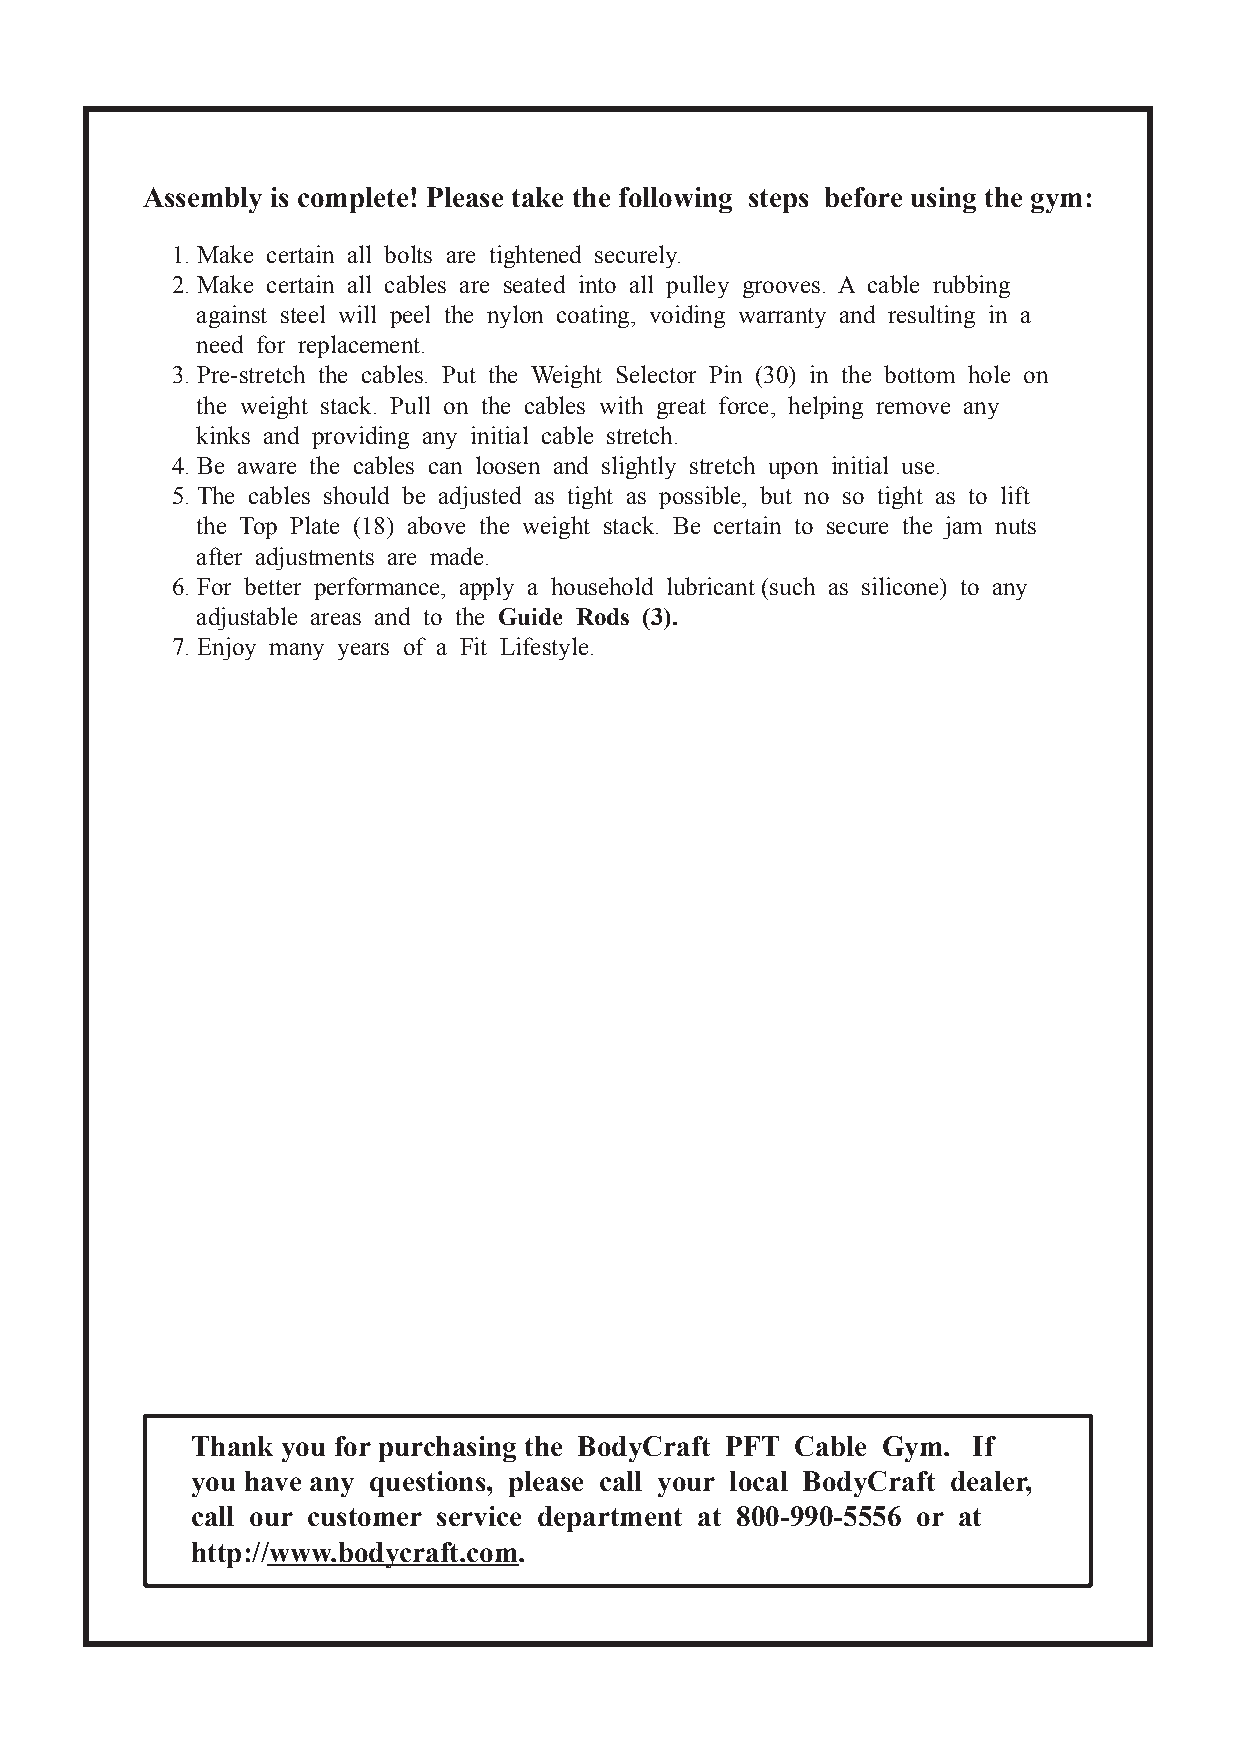
Assembly is complete! Please take the following steps before using the gym:
 1. Make certain all bolts are tightened securely.
 2. Make certain all cables are seated into all pulley grooves. A cable rubbing
 against steel will peel the nylon coating, voiding warranty and resulting in a
 need for replacement.
 3. Pre-stretch the cables. Put the Weight Selector Pin (30) in the bottom hole on
 the weight stack. Pull on the cables with great force, helping remove any
 kinks and providing any initial cable stretch.
 4. Be aware the cables can loosen and slightly stretch upon initial use.
 5. The cables should be adjusted as tight as possible, but no so tight as to lift
 the Top Plate (18) above the weight stack. Be certain to secure the jam nuts
 after adjustments are made.
 6. For better performance, apply a household lubricant (such as silicone) to any
 adjustable areas and to the Guide Rods (3).
 7. Enjoy many years of a Fit Lifestyle.
 Thank you for purchasing the BodyCraft PFT Cable Gym. If
 you have any questions, please call your local BodyCraft dealer,
 call our customer service department at 800-990-5556 or at
 http://www.bodycraft.com.